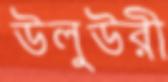
উলুউরী